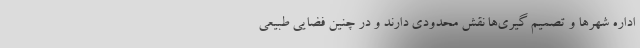
اداره شهرها و تصمیم گیری‌ها نقش محدودی دارند و در چنین فضایی طبیعی